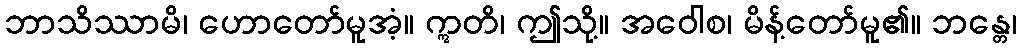
ဘာသိဿာမိ၊ ဟောတော်မူအံ့။ ဣတိ၊ ဤသို့။ အဝေါစ၊ မိန့်တော်မူ၏။ ဘန္တေ၊